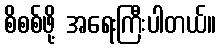
စိစစ်ဖို့ အရေးကြီးပါတယ်။